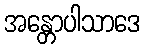
အန္တောပါသာဒေ